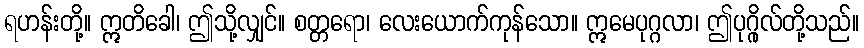
ရဟန်းတို့။ ဣတိခေါ၊ ဤသို့လျှင်။ စတ္တရော၊ လေးယောက်ကုန်သော။ ဣမေပုဂ္ဂလာ၊ ဤပုဂ္ဂိုလ်တို့သည်။